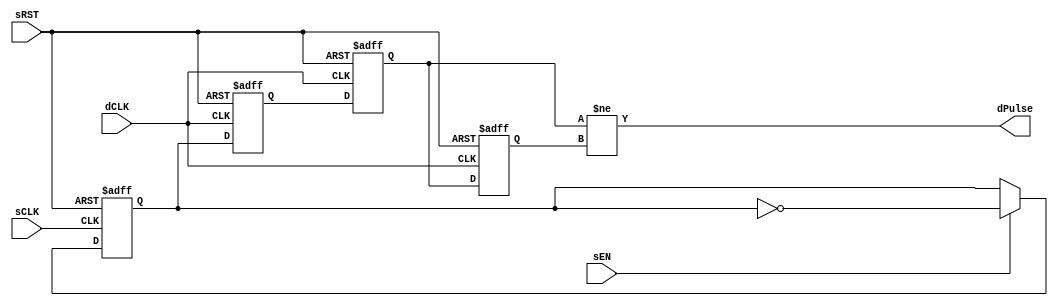
// This program was cloned from: https://github.com/esa-tu-darmstadt/tapasco
// License: GNU Lesser General Public License v3.0

/*
    SPDX-License-Identifier: BSD-3-Clause

    SPDX-FileCopyrightText: Copyright (c) 2020 Bluespec, Inc. All rights reserved.
*/

`ifdef BSV_ASSIGNMENT_DELAY
`else
  `define BSV_ASSIGNMENT_DELAY
`endif

`ifdef BSV_POSITIVE_RESET
  `define BSV_RESET_VALUE 1'b1
  `define BSV_RESET_EDGE posedge
`else
  `define BSV_RESET_VALUE 1'b0
  `define BSV_RESET_EDGE negedge
`endif


// A pulse based clock domain synchronization scheme.
// When a sEN is asserted, a pulse is eventually sent to dPulse in the
// destination clock domain.
// Close and Multiple asserts of sEN may not be seen at the destination side.
// Reset signal is not needed since it a pulse-based, rather than
// level-based protocol
// Delay is 2 dCLK cycle.
// dPulse is not registered.
module SyncPulse(
                  sCLK,
                  sRST,
                  dCLK,
                  sEN,
                  dPulse
                  );

   // source clock ports
   input     sCLK ;
   input     sRST ;
   input     sEN ;

   // destination clock ports
   input     dCLK ;
   output    dPulse ;

   // Flops to hold data
   reg       sSyncReg;
   reg       dSyncReg1, dSyncReg2;
   reg       dSyncPulse;

   assign    dPulse = dSyncReg2 != dSyncPulse ;

   always @(posedge sCLK or `BSV_RESET_EDGE sRST)
     begin
        if (sRST == `BSV_RESET_VALUE)
          sSyncReg <= `BSV_ASSIGNMENT_DELAY 1'b0 ;
        else
          begin
             if ( sEN )
               begin
                  sSyncReg <= `BSV_ASSIGNMENT_DELAY ! sSyncReg ;
               end
          end // else: !if(sRST == `BSV_RESET_VALUE)
     end // always @ (posedge sCLK or `BSV_RESET_EDGE sRST)


   always @(posedge dCLK or `BSV_RESET_EDGE sRST )
      begin
         if (sRST == `BSV_RESET_VALUE)
            begin
               dSyncReg1 <= `BSV_ASSIGNMENT_DELAY 1'b0 ;
               dSyncReg2 <= `BSV_ASSIGNMENT_DELAY 1'b0 ;
               dSyncPulse <= `BSV_ASSIGNMENT_DELAY 1'b0 ;
            end // if (sRST == `BSV_RESET_VALUE)
         else
           begin
              dSyncReg1 <= `BSV_ASSIGNMENT_DELAY sSyncReg ;// domain crossing
              dSyncReg2 <= `BSV_ASSIGNMENT_DELAY dSyncReg1 ;
              dSyncPulse <= `BSV_ASSIGNMENT_DELAY dSyncReg2 ;
           end // else: !if(sRST == `BSV_RESET_VALUE)
      end // always @ (posedge dCLK or `BSV_RESET_EDGE sRST )

`ifdef BSV_NO_INITIAL_BLOCKS
`else // not BSV_NO_INITIAL_BLOCKS
   // synopsys translate_off
   initial
      begin
         sSyncReg   = 1'b0 ;
         dSyncReg1  = 1'b0 ;
         dSyncReg2  = 1'b0 ;
         dSyncPulse = 1'b0 ;
      end // initial begin
   // synopsys translate_on
`endif // BSV_NO_INITIAL_BLOCKS

endmodule // PulseSync